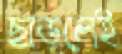
ছাড়লেই